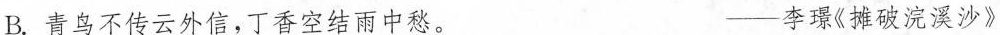
B.青鸟不传云外信，丁香空结雨中愁。 ——李璟《摊破浣溪沙》